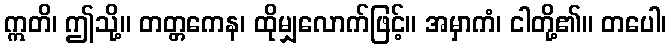
ဣတိ၊ ဤသို့။ တတ္တကေန၊ ထိုမျှလောက်ဖြင့်။ အမှာကံ၊ ငါတို့၏။ တပေါ၊